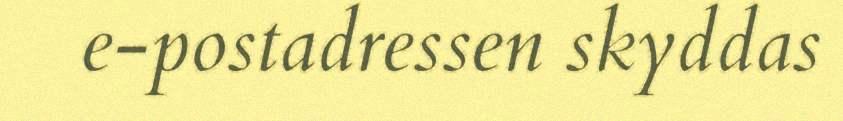
e-postadressen skyddas